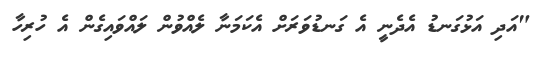
"އަދި އަޅުގަނޑު އެދެނީ އެ ގަނޑުވަރަށް އެކަމަނާ ލެއްވުން ލައްވައިގެން އެ ހުރިހާ